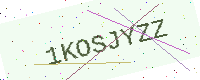
Text: 1KOSJYZZ